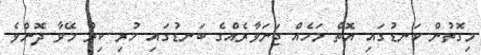
މިގޮތުން ކަނޑުގައި އޮތް މަހެއް ޖަނަވާރެއްގެ ބަނޑުގައި ހުރި ކިރު މޭވާ ދޮންވެ